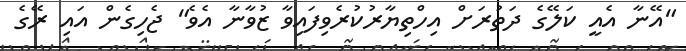
"އޭނާ އެއީ ކަލޭގެ ދަތުރަށް އިހްތިޔާރުކުރެވިފައިވާ ޒުވާނާ އެވެ" ޖެހިގެން އައި ރޭގެ